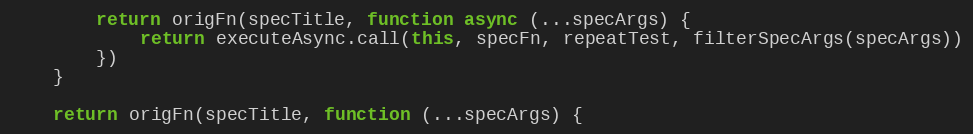
Language: JavaScript
        return origFn(specTitle, function async (...specArgs) {
            return executeAsync.call(this, specFn, repeatTest, filterSpecArgs(specArgs))
        })
    }

    return origFn(specTitle, function (...specArgs) {